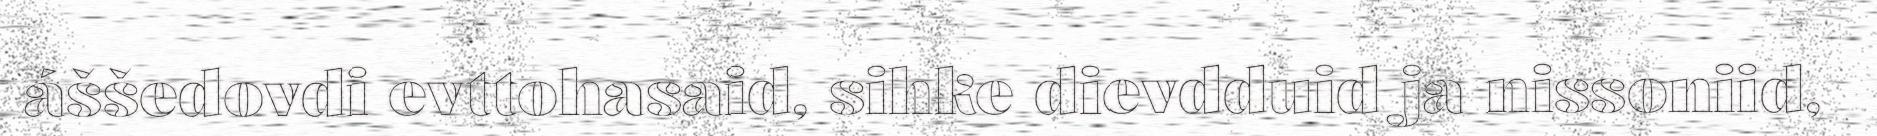
áššedovdi evttohasaid, sihke dievdduid ja nissoniid,